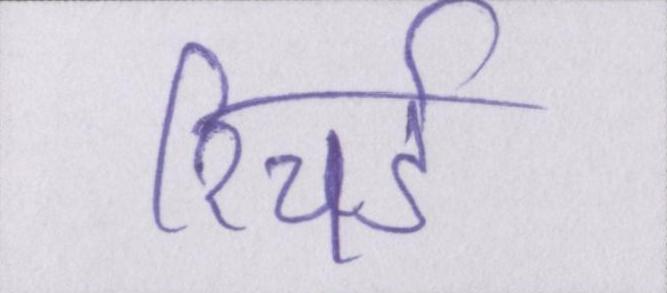
रिचर्ड